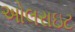
અોલરાઇટ